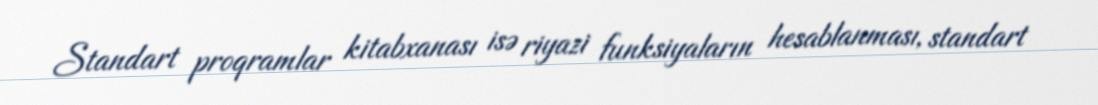
Standart proqramlar kitabxanası isə riyazi funksiyaların hesablanması, standart